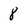
Character: 8